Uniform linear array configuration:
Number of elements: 32
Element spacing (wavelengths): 0.25
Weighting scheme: exponential
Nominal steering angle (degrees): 0
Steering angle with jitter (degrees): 1.338
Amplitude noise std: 0.05
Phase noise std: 0.05

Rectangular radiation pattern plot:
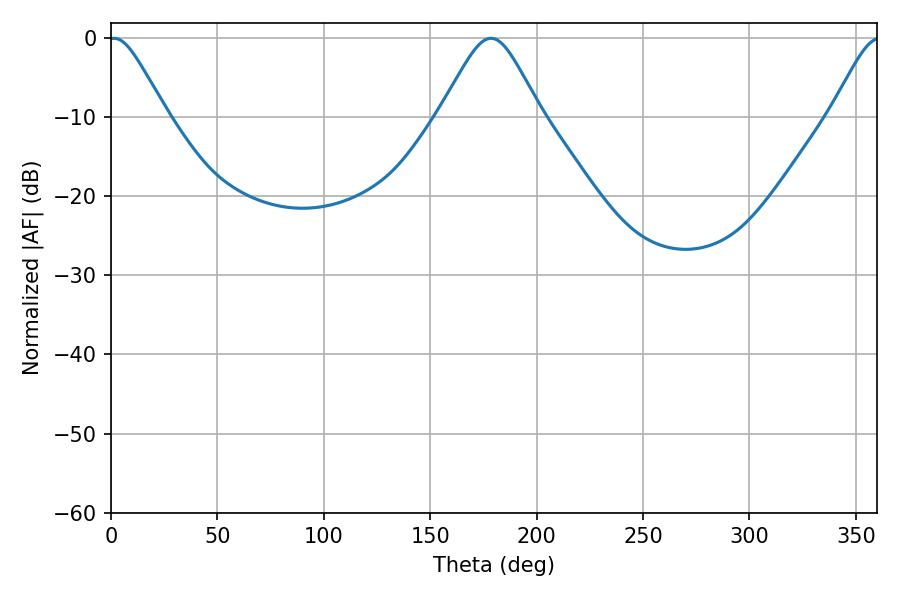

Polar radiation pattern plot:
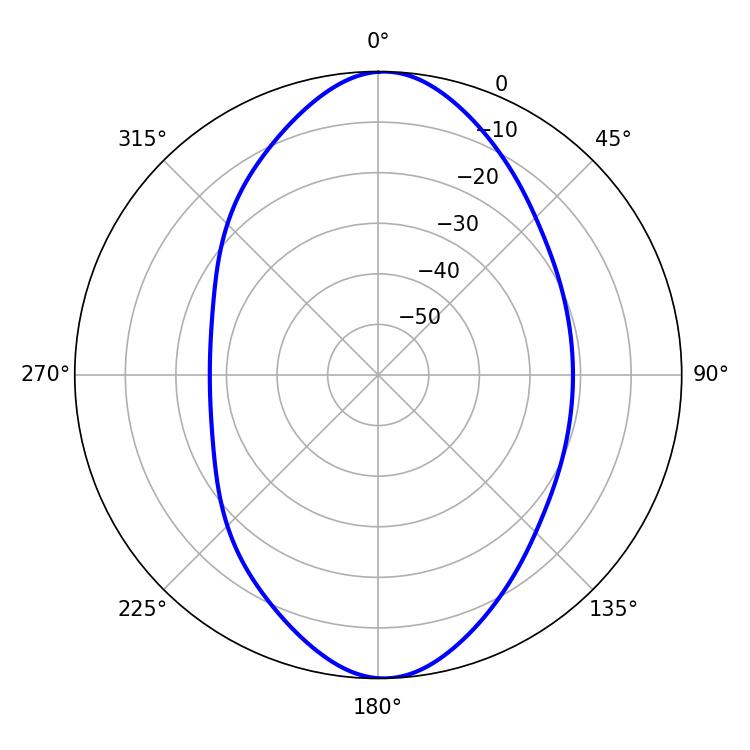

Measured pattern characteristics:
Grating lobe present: FALSE
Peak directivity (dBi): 17.614
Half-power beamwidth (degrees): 13.14
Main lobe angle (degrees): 1.44